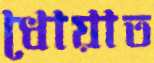
ধোয়াত